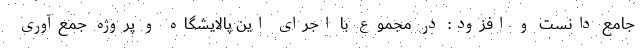
جامع دانست و افزود: در مجموع با اجرای این پالایشگاه و پروژه جمع‌آوری